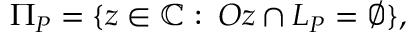
\Pi _ { P } = \{ z \in \mathbb { C } \, \colon \, O z \cap L _ { P } = \varnothing \} ,